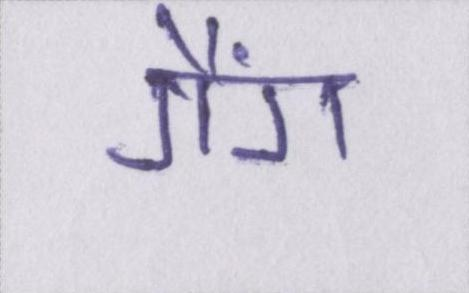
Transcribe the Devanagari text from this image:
गैंग